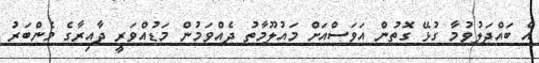
އެ ބައްދަލުވުމާ ގުޅޭ ގޮތުން އަވަސްއަށް މައުލޫމާތު ދެއްވަމުން މަޑުއްވަރީ ދާއިރާގެ މެންބަރު